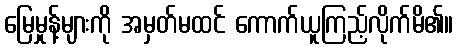
မြေမှုန့်များကို အမှတ်မထင် ကောက်ယူကြည့်လိုက်မိ၏။